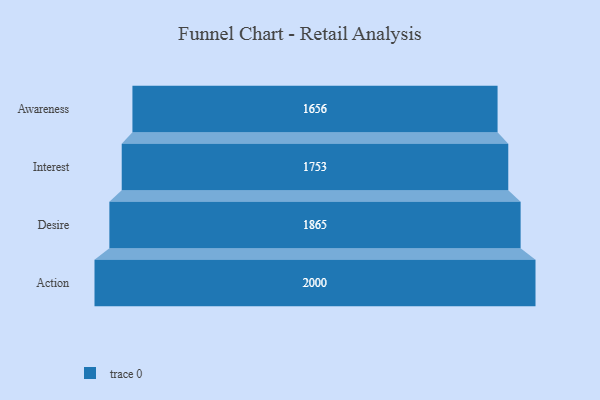
{"axis": {"x": "Stage", "y": "Value"}, "legend": [""], "data": [{"x": "Awareness", "y": 1656.0, "type": ""}, {"x": "Interest", "y": 1753.0, "type": ""}, {"x": "Desire", "y": 1865.0, "type": ""}, {"x": "Action", "y": 2000, "type": ""}]}